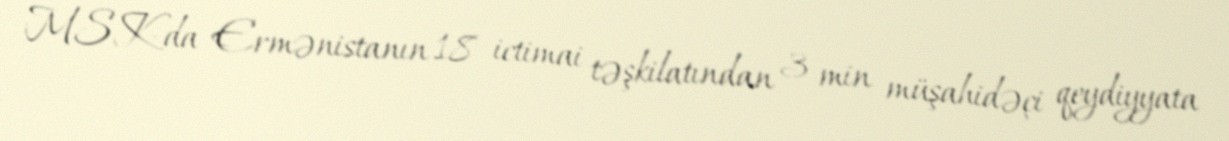
MSK-da Ermənistanın 18 ictimai təşkilatından 3 min müşahidəçi qeydiyyata